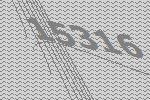
15316